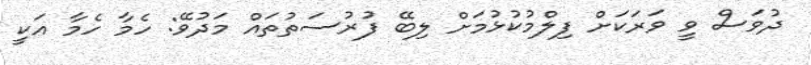
ދުވަސް ވީ ވަރަކަށް ފިލްމުކުޅުމަށް ލިބޭ ފުރުސަތުތައް މަދުވޭ: ހެމާ ހެމާ އަކީ